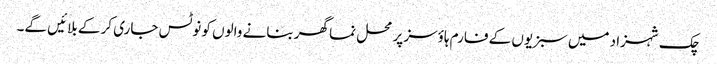
چک شہزاد میں سبزیوں کے فارم ہاؤسز پر محل نما گھر بنانے والوں کو نوٹس جاری کر کے بلائیں گے۔